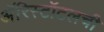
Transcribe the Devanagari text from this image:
अॅरिस्टॉटलची